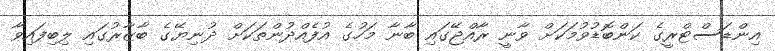
އިންޑަސްޓްރީގެ ކަންބޮޑުވުމަކަށް ވާނީ ރާއްޖޭގައި ބާނާ މަހުގެ އުފެއްދުންތަކަށް ދުނިޔޭގެ ބާޒާރުގައި ލިބިފައިވާ